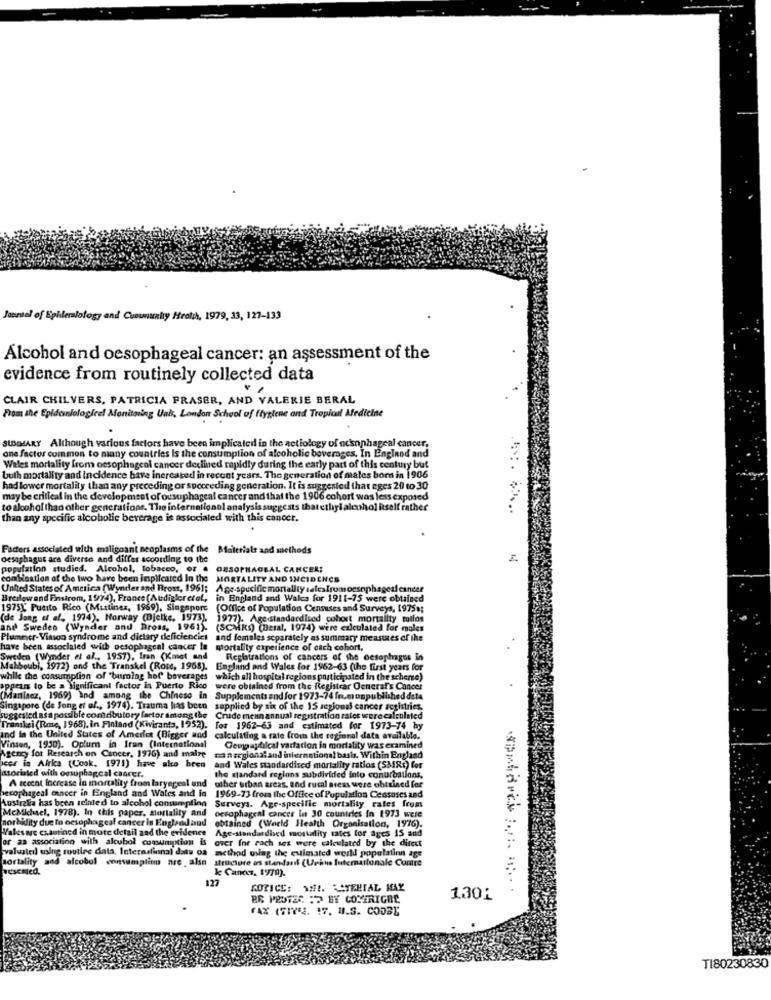
Janrstel of Ephlemlology and Cunununky Health, 1979, 33, 127-133
Alcohol and oesophageal cancer: an assessment of the
evidence from routinely collected data
CLAIR CHILVERS, PATRICIA FRASER, AND VALERIE BERAL
From the Epidaniologieel Monitoring Ual, London School of ffyplene and Tropical Medicine
SUMMARY Although various factors have been implicated in the actiology of ocenphageal cancer,
one factor common to many countries Is the consumption of alcoholic beverages, In England and
Wales mortality from oesophageal cancer declined rapidly during the early part of this century but
buth mortality and incidence have increased in recent years. The generation of males born in 1906
had lower mortality than any preceding or spoceeding generation. It is suggested that eges 20 to 30
may be critical in the development of ousophageal cancer and that the 1906 cohort was less exposed
to alcohol than other generations. The international analysis suggests that ethyl alcohol itself rather
than any specific alcoholic beverage is associated with this canoct.
Factors associated with malignant neoplasms of the
Materials and methods
oesophagus ars diverse And differ according to the
population studied. Alcohol, tobacco, or .
OESOPHAGEAL CANCER:
combination of the two have been implicated in the MORTALITY AND INCIDENCE
United States of America (Wynder and Frost, 1961;
United States of America (Wynder and Frost, 1961; Age-specific mortality salesIromoesophageal cinder
Age-specific mortality salesfromoesophageal cancer
Bredlowand Finstrom, 1974), France (Audigleretel, in England and Wales for 1911-75 were obtained
1975X Puerto Rico (Martinez, 1969), Singapore
(Office of Population Censuses and Surveys, 1975;
(de Jang et al. 1974). Norway (Bjelke. 1973).
1977). Age-standardised cohort mortality tollos
and Sweden (Wynder and Bross, 1961).
(SCARS) (Beral, 1974) were exiculated for males
Plummer-Vinson syndrome and dietary deficiencies
and females separately as summary measures of the
have been associated with oesophageal cancer In
mortality experience of cach cohort,
Sweden (Wynder et al ., 1957), Iran (Kmet and
Registrations of cancers of the oesophagus in
hboubi, 1972) and the Transkel (Rose, 1968).
England and Wales for 1962-63 (the first years for
while the consumption of "burning hot beverages
which all hospital regions participated in the scheme)
ppean to be a significant factor in Puerto Rico
were obtained from the Registrar General's Cancer
(Manlacz, 1969) and among the Chinese in
Supplements and for 1973-74 fr.munpublished deta
Singapore (de Jong et of ., 1974). Trauma has been
Singapore (de Jong et al ., 1974). Trauma has been supplied by six of the 15 segional cancer registries.
suggested as a possible comdibutory factor among the Crude meun annual registration rates were calculated
Franskei (Rme, 1968), in Finland (Kiviranta, 1952). for 1962-63 and estimated for 1973-74 hy
ind in the United States of America (Bigger and
calculating a rate from the regional data available.
Vinsen, 1950). Oplum in Iran (International
Ceupaytilcal variation in mortality was examined
Agency for Research on Cancer, 1976) and maire
maaregionaland international basis. Within England
cer in Africa (Cook. [971) have ako bren
and Wales standardised mortality ratios (SMR:) for
ttorialed with onuphagcal cancer.
A recent Increase in mortality from laryngeal und
other urban areas, and rural areas wer
the standard regions subdivided into conurbations,
obtained for
esophageal cancer in England and
land and Wales and in 1969-73 from the Office of Population Censuses and
Australia has been scinted to alcohol consumption Surveys, Age-specific mortality rates from
McMichael, 1978). In this paper. Mortality and
morbidity due fo oesophageal cancer in England and
oesophageal cancer In 30 countries in 1973 were
Walesare examined in more detail zad the evidence Age-standardbed mortality rates for ages 15 and
obtained (World Health Organisation, 1976).
Age-standardbed mortality rates for ages 15 and
or as association with alcubol comumption is over for rach ses were calculated by the direct
valuateil using routine data, International daty oA method using the estimated world population age
mortality and alcobol consumplinn are , also structure as standard (Urhus Internationale Contre
wescmed.
k Cancer, 1970).
KOTICE: SHI. MATERIAL MAY
senhores. ....
ER PROTES : ET COMERIGAC
1.301
FAX (SIYEZ. 17. M.S. CODBE
TI80230830